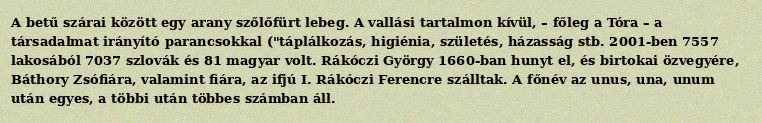
A betű szárai között egy arany szőlőfürt lebeg. A vallási tartalmon kívül, – főleg a Tóra – a társadalmat irányító parancsokkal ("táplálkozás, higiénia, születés, házasság stb. 2001-ben 7557 lakosából 7037 szlovák és 81 magyar volt. Rákóczi György 1660-ban hunyt el, és birtokai özvegyére, Báthory Zsófiára, valamint fiára, az ifjú I. Rákóczi Ferencre szálltak. A főnév az unus, una, unum után egyes, a többi után többes számban áll.